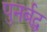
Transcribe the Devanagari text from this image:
पुनर्बद्ध